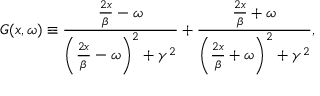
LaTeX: G ( x , \omega ) \equiv \frac { \frac { 2 x } { \beta } - \omega } { \left( \frac { 2 x } { \beta } - \omega \right) ^ { 2 } + \gamma ^ { 2 } } + \frac { \frac { 2 x } { \beta } + \omega } { \left( \frac { 2 x } { \beta } + \omega \right) ^ { 2 } + \gamma ^ { 2 } } ,